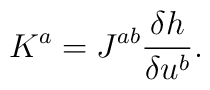
K^a = J^{ab} \frac{\delta h}{\delta u^b}.